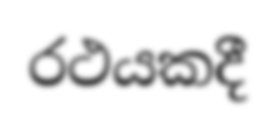
රථයකදී